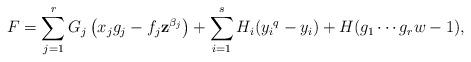
LaTeX: \begin{align*} F=\sum\limits_{j=1}^{r}G_j\left(x_jg_j-f_j\textbf{z}^{\beta_j}\right)+{\sum\limits_{i=1}^{s}H_i({y_i}^{q}-y_i)}+H(g_1\cdots g_r w-1),\end{align*}